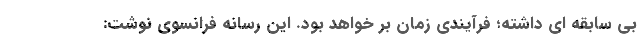
بی سابقه ای داشته؛ فرآیندی زمان بر خواهد بود. این رسانه فرانسوی نوشت: